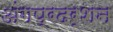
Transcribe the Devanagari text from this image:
अंगप्रदर्शन